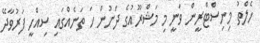
ހެލްތު މިނިސްޓްރީން ވަނީ މި މަޝްރޫއުގެ ދަށުން ހަ ތަނެއްގައި ސިއްހީ ފަރުވާދޭ